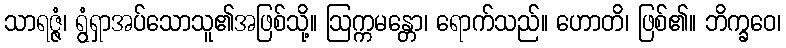
သာရဇ္ဇံ၊ ရွံရှာအပ်သောသူ၏အဖြစ်သို့။ ဩက္ကမန္တော၊ ရောက်သည်။ ဟောတိ၊ ဖြစ်၏။ ဘိက္ခဝေ၊